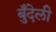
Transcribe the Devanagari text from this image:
बुँदेली